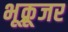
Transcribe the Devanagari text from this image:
भूक्रूजर